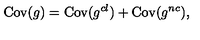
\mathrm { C o v } ( g ) = \mathrm { C o v } ( g ^ { c l } ) + \mathrm { C o v } ( g ^ { n c } ) ,